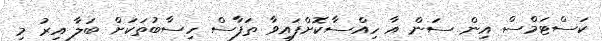
ކަސްޓަމްސް އިން ސަން އާ ހިއްސާކޮށްފައިވާ ތަފާސް ހިސާބުތަކަށް ބަލާ އިރު މި